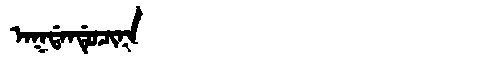
Manchu: ᠠᡴᡩᠠᠨᡩᡠᠴᡳᠨᠠ
Romanization: AKDANDUCINA